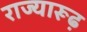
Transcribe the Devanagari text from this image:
राज्यारूढ़